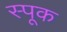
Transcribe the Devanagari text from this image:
स्पूक